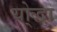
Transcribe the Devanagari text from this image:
यो्द्धा